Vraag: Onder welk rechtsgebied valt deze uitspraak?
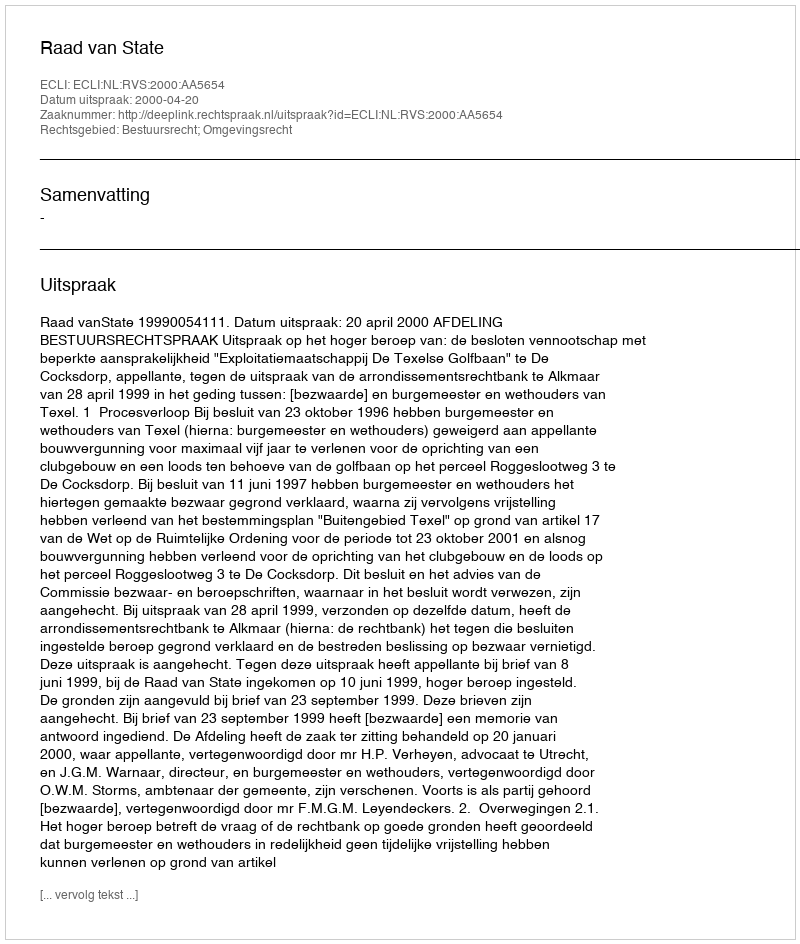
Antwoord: Bestuursrecht; Omgevingsrecht